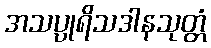
အသပ္ပုရိသဒါနသုတ္တံ